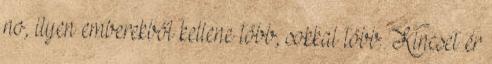
no, ilyen emberekből kellene több, sokkal több. Kincset ér